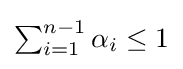
{\textstyle \sum _{i=1}^{n-1}\alpha _{i}\leq 1}